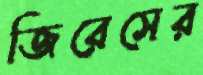
জিরেসের